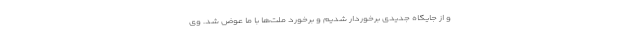
و از جایگاه جدیدی برخوردار شدیم و برخورد ملت‌ها با ما عوض شد. وی